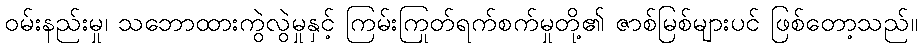
ဝမ်းနည်းမှု၊ သဘောထားကွဲလွဲမှုနှင့် ကြမ်းကြုတ်ရက်စက်မှုတို့၏ ဇာစ်မြစ်များပင် ဖြစ်တော့သည်။